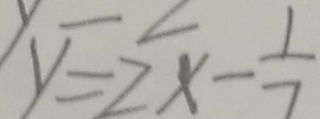
y = 2 x - \frac { 1 } { 7 }